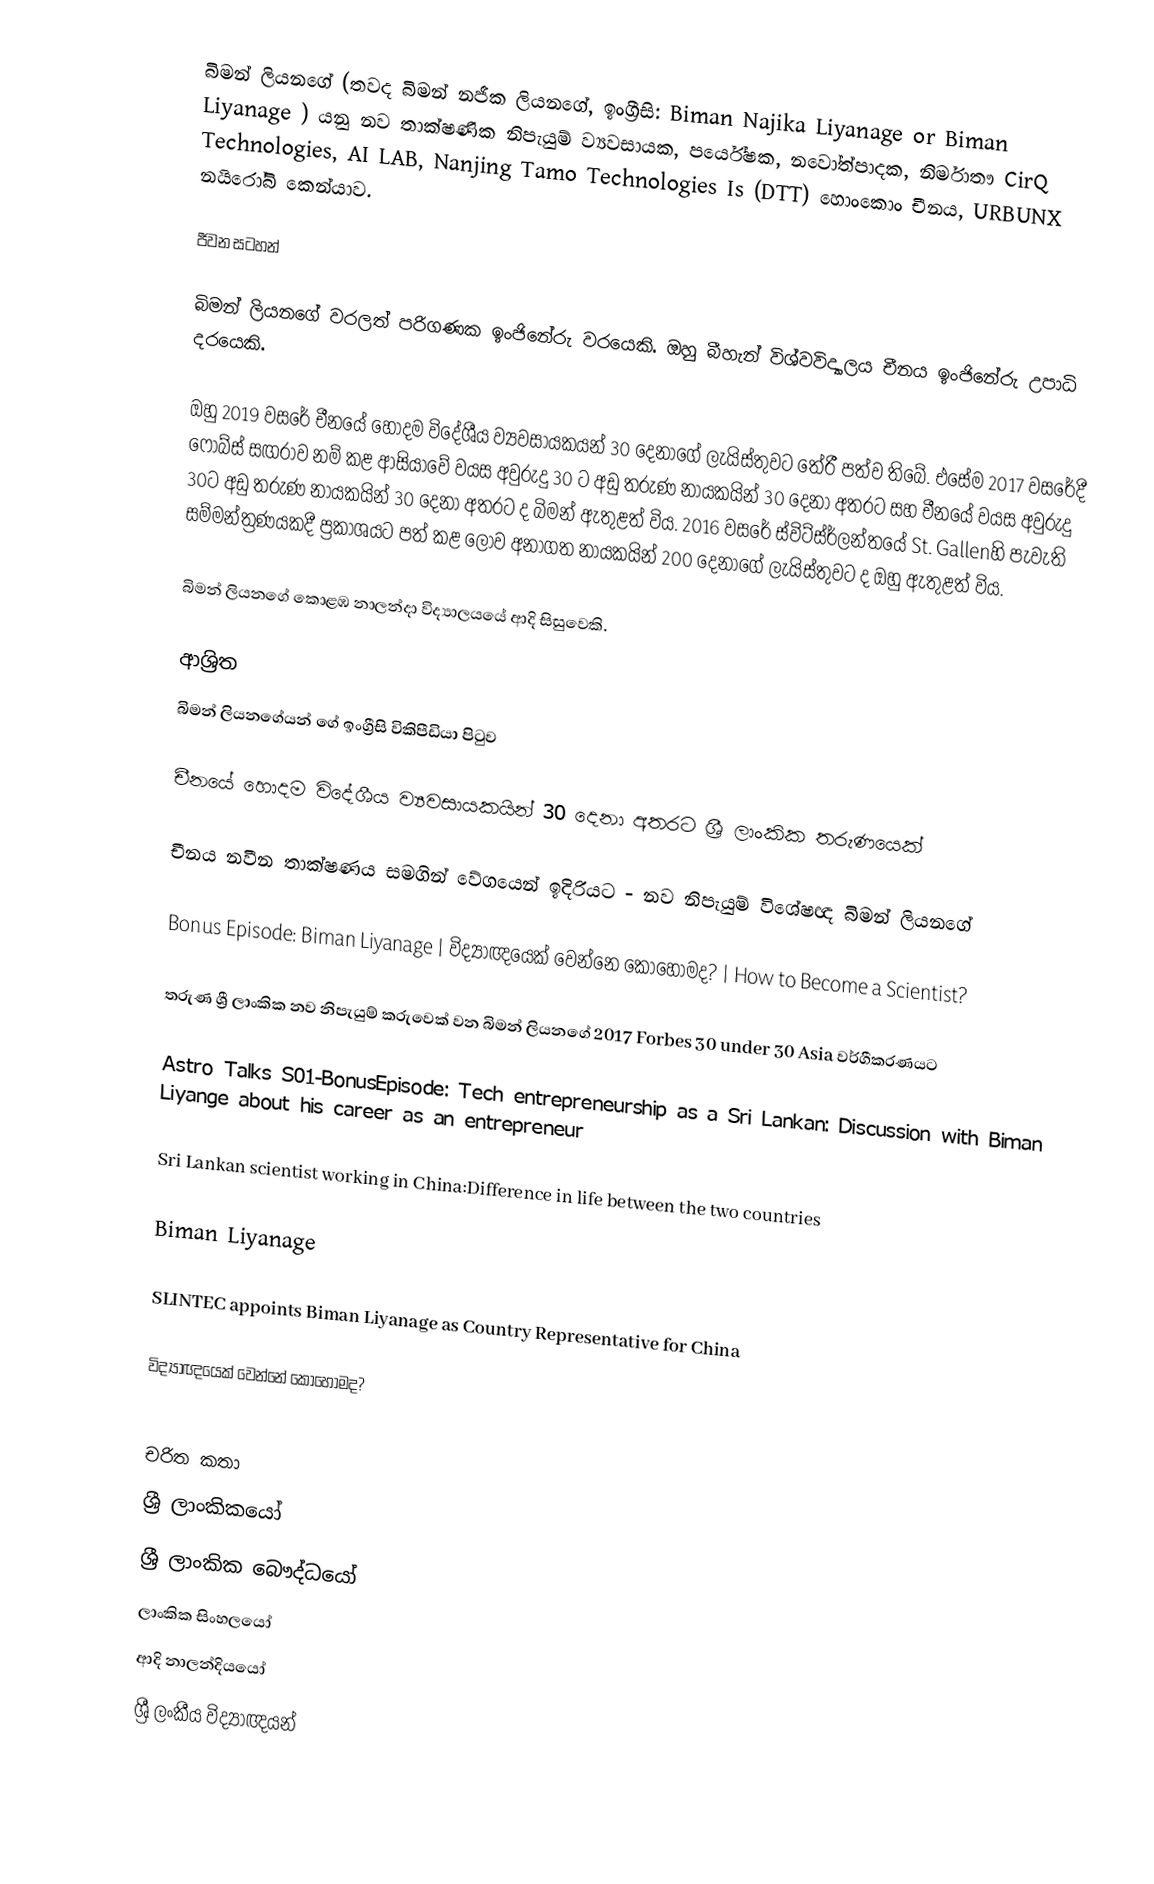
බිමන් ලියනගේ (තවද බිමන් නජීක ලියනගේ, ඉංග්‍රීසි: Biman Najika Liyanage or Biman Liyanage ) යනු  නව තාක්ෂණික නිපැයුම් ව්‍යවසායක, පර්යේෂක, න‍වෝත්පාදක, නිර්මාතෟ CirQ Technologies, AI LAB, Nanjing Tamo Technologies Is (DTT) හොංකොං චීනය, URBUNX නයිරෝබි කෙන්යාව.

ජීවන සටහන්

බිමන් ලියනගේ වරලත් පරිගණක ඉංජිනේරු වරයෙකි. ඔහු බීහැන් විශ්වවිද්‍යාලය චීනය ඉංජිනේරු උපාධි දරයෙකි.

ඔහු 2019 වසරේ චීනයේ හොදම විදේශීය ව්‍යවසායකයන් 30 දෙනාගේ ලැයිස්තුවට තේරී පත්ව තිබේ. එසේම 2017 වසරේදී ෆෝබ්ස් සඟරාව නම් කළ ආසියාවේ වයස අවුරුදු 30 ට අඩු තරුණ නායකයින් 30 දෙනා  අතරට සහ චීනයේ වයස අවුරුදු 30ට අඩු තරුණ නායකයින් 30 දෙනා අතරට ද බිමන් ඇතුළත් විය. 2016 වසරේ ස්විට්ස්ර්ලන්තයේ St. Gallenහි පැවැති සම්මන්ත්‍රණයකදී ප්‍රකාශයට පත් කළ ලොව අනාගත නායකයින් 200 දෙනාගේ ලැයිස්තුවට ද ඔහු ඇතුළත් විය.

බිමන් ලියනගේ  කොළඹ නාලන්දා විද්‍යාලයයේ ආදි සිසුවෙකි.

ආශ්‍රිත
  බිමන් ලියනගේයන් ගේ ඉංග්‍රීසි විකිපීඩියා පිටුව

 චීනයේ හොදම විදේශීය ව්‍යවසායකයින් 30 දෙනා අතරට ශ්‍රී ලාංකික තරුණයෙක්

 චීනය නවීන තාක්ෂණය සමගින් වේගයෙන් ඉදිරියට - නව නිපැයුම් විශේෂඥ බිමන් ලියනගේ

 Bonus Episode: Biman Liyanage | විද්‍යාඥයෙක් වෙන්නෙ කොහොමද? | How to Become a Scientist?

 තරුණ ශ්‍රී ලාංකික නව නිපැයුම් කරුවෙක් වන බිමන් ලියනගේ 2017 Forbes 30 under 30 Asia වර්ගීකරණයට

 Astro Talks S01-BonusEpisode: Tech entrepreneurship as a Sri Lankan: Discussion with Biman Liyange about his career as an entrepreneur

 Sri Lankan scientist working in China:Difference in life between the two countries

 Biman Liyanage

 SLINTEC appoints Biman Liyanage as Country Representative for China

 විද්‍යාඥයෙක් වෙන්නේ කොහොමද?

චරිත කතා
ශ්‍රී ලාංකිකයෝ
ශ්‍රී ලාංකික බෞද්ධයෝ
ලාංකික සිංහලයෝ
ආදි නාලන්දියයෝ
ශ්‍රී ලංකීය විද්‍යාඥයන්